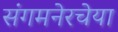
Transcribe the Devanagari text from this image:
संगमनेरचेया